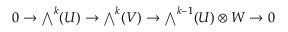
0 \to { \textstyle \bigwedge } ^ { k } ( U ) \to { \textstyle \bigwedge } ^ { k } ( V ) \to { \textstyle \bigwedge } ^ { k - 1 } ( U ) \otimes W \to 0